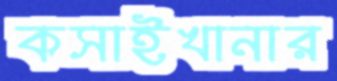
কসাইখানার